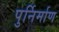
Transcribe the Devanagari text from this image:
पुर्निर्माण